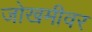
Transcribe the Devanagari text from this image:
जोखमीवर